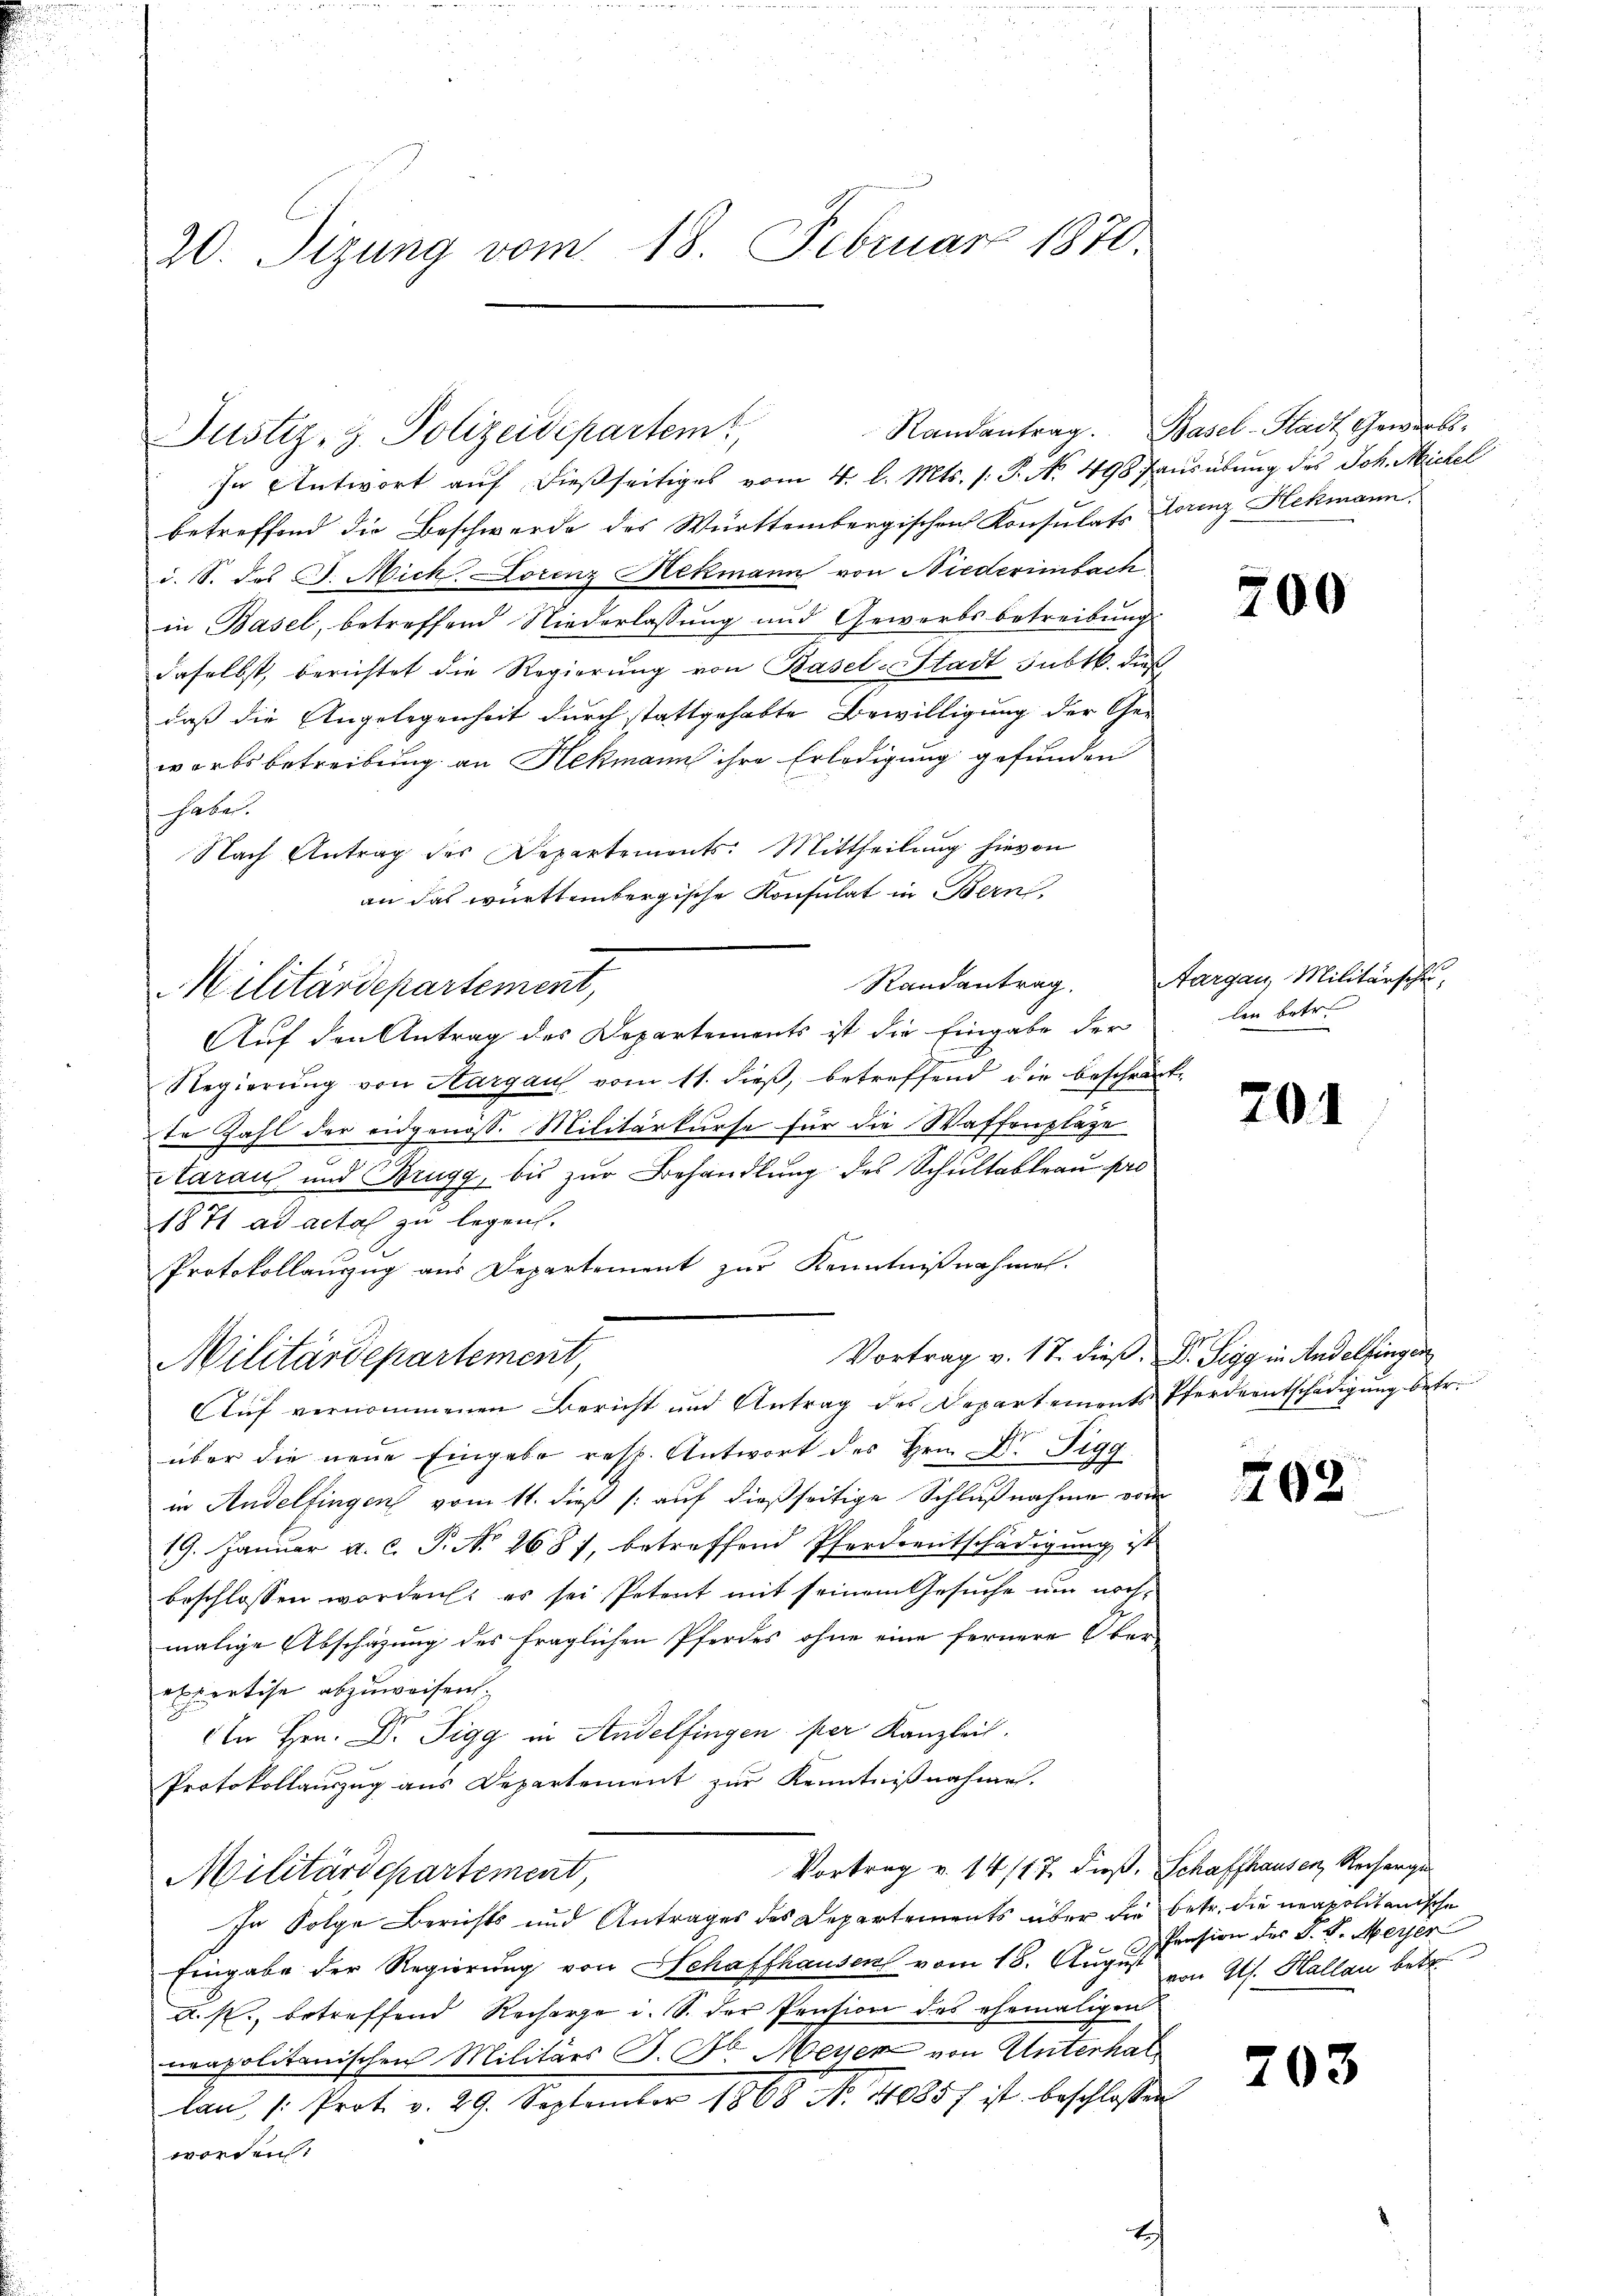
20. Sizung vom 18. Februar 1870.

Justiz, d. Polizei

Militärdepartement,

betreffend die Beschwerde des Württembergischen Konsulats Lorenz Hekmann.
i. S. des C. Nickorenz Hekmann von Niederimbach
in Basel, betreffend Niederlassung und Gewerbsbetreibung
daselbst, berichtet die Regierung von Basel-Stadt subtb. dieß
daß die Angelegenheit durch stattgehabte Bewilligung der Ge-
worts betreibung an Hekmann ihre Erledigung gefunden
Gaben.
Nach Antrag des Departements: Mittheilung hievon
an das württembergische Konsulat in Bern,
Auf den Antrag des Departements ist die Eingabe der
Regierŭng von Sargau vom 11. dieβ, betreffend die Beschreck-
te Zahl der eidgenöss. Militärkurse für die Waffenplaze
Aarau und Brugg, bis zur Behandlung des Schultableau pro
1871 ad acta zu legen.
Protokollauszug aus Departement zur Kenntnißnahme.
Vortrag v. 17. dieß. Dr. Sigg in Andelfingen
Militärdepartement,
Auf vernommenen Bericht und Antrag des Departements Pferdentschädigung betr.
über die neue Eingabe resp. Antwort des Hrn. Dr. Figa
E

in Andelfingen vom 11. dieß (: auf dießseitige Schlußnahme vom
F
19. Januar a. c. P. No 2687, betreffend Pferdentschädigung ist
beschlossen worden er sei Petent mit seinem Gesuche um nochmalige Abschazung des fraglichen Pferdes ohne eine fernere Ober-
expertise abzuweisen.
An Hrn. Dr. Sigg in Andelfingen per Kanzlei.
Protokollauszug aus Departement zur Kenntnißnahme.
Vortrag v. 14/17. dieß, Schaffhausen, Recharge
Militärdepartement,
In Folge Berichts und Antrages des Departements über die betr. die neapolitanische
Eingabe der Regierung von Schaffhausen vom 18. August Gls. Hallau betr.
A. s. betreffend Recharge i. S. der Pension des ehemaligen
neapolitanischen Militärs P. Dr. Meyer von Unterhal
lan /: Prot. v. 29. September 1868 No. 140857 ist beschlossen
worden:

n
Randantrag.
In Antwort auf dießseitiges vom 4. l. Mts. s. S. No 498 ausübung des Joh. Michel

Basel-Stadt Gewerbs-

700

Randantrag. Aargau, Militärschu
len betr.

701

202

Pension der S. v. Meyer

203